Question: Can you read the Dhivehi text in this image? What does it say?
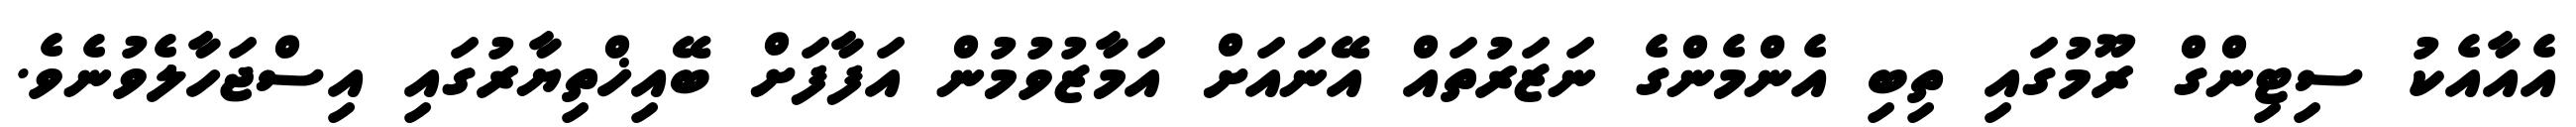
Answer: އެއާއެކު ސިޓިންގް ރޫމުގައި ތިބި އެންމެންގެ ނަޒަރުތައް އޭނައަށް އަމާޒުވުމުން އަފާފަށް ބޭއިޚްތިޔާރުގައި އިސްޖަހާލެވުނެވެ.